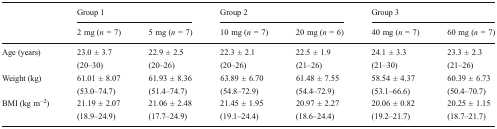
| <ROWSPAN=2>  | <COLSPAN=2> Group 1 | <COLSPAN=2> Group 2 | <COLSPAN=2> Group 3 |
 | 2 mg (n = 7) | 5 mg (n = 7) | 10 mg (n = 7) | 20 mg (n = 6) | 40 mg (n = 7) | 60 mg (n = 7) |
 | --- | --- | --- | --- | --- | --- | --- |
 | <ROWSPAN=2> Age (years) | 23.0 ± 3.7 | 22.9 ± 2.5 | 22.3 ± 2.1 | 22.5 ± 1.9 | 24.1 ± 3.3 | 23.3 ± 2.3 |
 | (20–30) | (20–26) | (20–26) | (21–26) | (21–30) | (21–26) |
 | <ROWSPAN=2> Weight (kg) | 61.01 ± 8.07 | 61.93 ± 8.36 | 63.89 ± 6.70 | 61.48 ± 7.55 | 58.54 ± 4.37 | 60.39 ± 6.73 |
 | (53.0–74.7) | (51.4–74.7) | (54.8–72.9) | (54.4–72.9) | (53.1–66.6) | (50.4–70.7) |
 | <ROWSPAN=2> BMI (kg m−2) | 21.19 ± 2.07 | 21.06 ± 2.48 | 21.45 ± 1.95 | 20.97 ± 2.27 | 20.06 ± 0.82 | 20.25 ± 1.15 |
 | (18.9–24.9) | (17.7–24.9) | (19.1–24.4) | (18.6–24.4) | (19.2–21.7) | (18.7–21.7) |